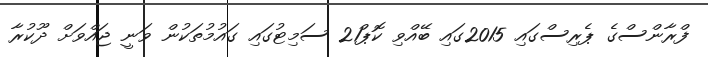
ފްރާންސްގެ ޕެރިސްގައި 2015ގައި ބޭއްވި ކޮޕް21 ސަމިޓުގައި ގައުމުތަކުން ވަނީ ޖައްވަށް ދޫކުރާ